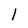
Character: 1